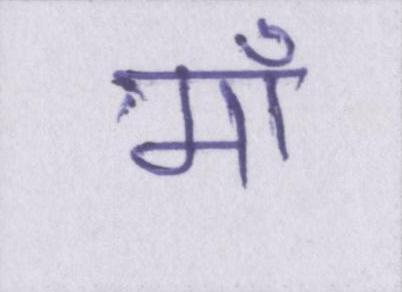
माँ